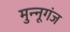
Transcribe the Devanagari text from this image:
मुन्नूगंज